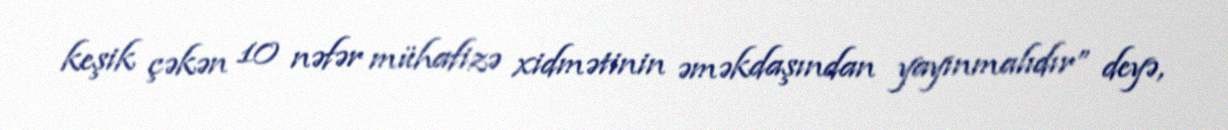
keşik çəkən 10 nəfər mühafizə xidmətinin əməkdaşından yayınmalıdır” deyə,